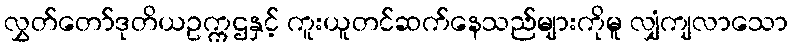
လွှတ်တော်ဒုတိယဥက္ကဌနှင့် ကူးယူတင်ဆက်နေသည်များကိုမူ လျှံကျလာသော